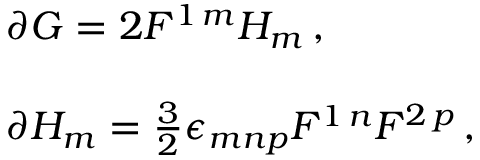
\begin{array} { r c l } { { } } & { { } } & { { \partial G = 2 F ^ { 1 \, m } H _ { m } \, , } } \\ { { } } & { { } } & { { } } \\ { { } } & { { } } & { { \partial H _ { m } = \frac { 3 } { 2 } \epsilon _ { m n p } F ^ { 1 \, n } F ^ { 2 \, p } \, , } } \end{array}